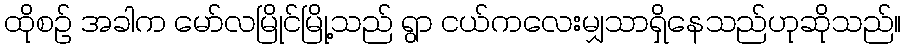
ထိုစဉ် အခါက မော်လမြိုင်မြို့သည် ရွာ ငယ်ကလေးမျှသာရှိနေသည်ဟုဆိုသည်။